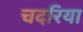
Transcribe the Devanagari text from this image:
चदरिया